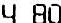
4.80